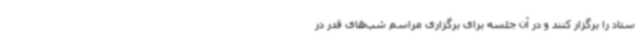
ستاد را برگزار کنند و در آن جلسه برای برگزاری مراسم شب‌های قدر در